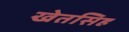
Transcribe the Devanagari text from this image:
खेतसिह